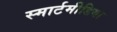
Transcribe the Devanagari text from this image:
स्मार्टमीडिया